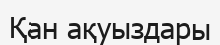
Қан ақуыздары